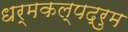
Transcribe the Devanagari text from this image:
धर्मकल्पद्रुम